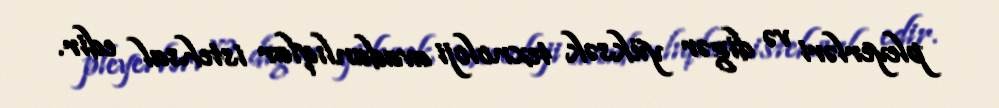
pleyerləri və digər yüksək texnoloji avadanlıqlar istehsal edir.